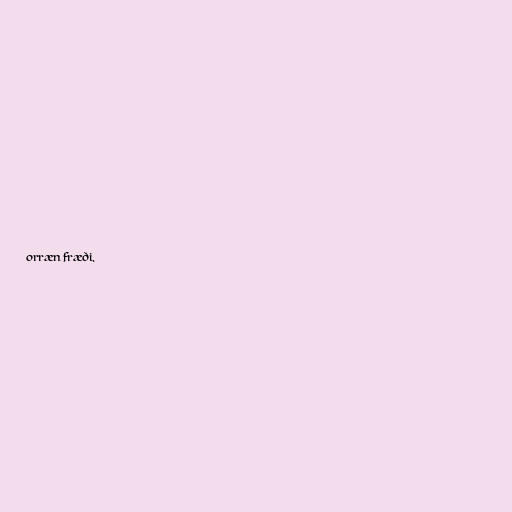
orræn fræði.